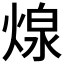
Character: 𮳲